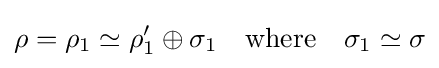
\rho =\rho _{1}\simeq \rho _{1}'\oplus \sigma _{1}\quad {\mbox{where}}\quad \sigma _{1}\simeq \sigma